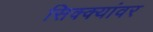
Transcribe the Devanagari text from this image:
सिक्क्यांवर